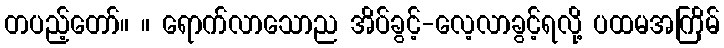
တပည့်တော်။ ။ ရောက်လာသောည အိပ်ခွင့်-လေ့လာခွင့်ရလို့ ပထမအကြိမ်